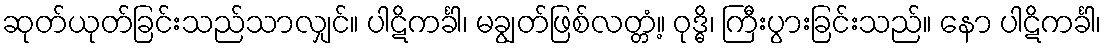
ဆုတ်ယုတ်ခြင်းသည်သာလျှင်။ ပါဋိကင်္ခါ၊ မချွတ်ဖြစ်လတ္တံ့။ ဝုဒ္ဓိ၊ ကြီးပွားခြင်းသည်။ နော ပါဋိကင်္ခါ၊